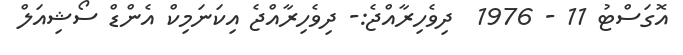
އޮގަސްޓު 11 - 1976  ދިވެހިރާއްޖެ:- ދިވެހިރާއްޖެ އިކަނަމިކް އެންޑް ސޯޝިއަލް